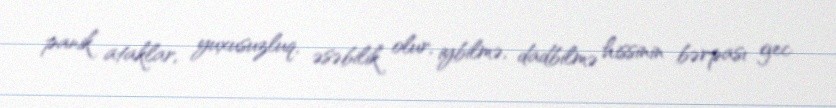
panik ataklar, yuxusuzluq, əsəbilik olur, iybilmə, dadbilmə hissinin bərpası gec